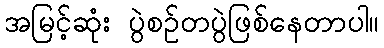
အမြင့်ဆုံး ပွဲစဥ်တပွဲဖြစ်နေတာပါ။